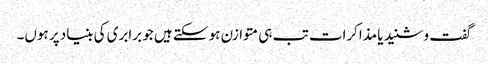
گفت و شنید یا مذاکرات تب ہی متوازن ہو سکتے ہیں جو برابری کی بنیاد پر ہوں۔